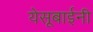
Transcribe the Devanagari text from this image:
येसूबाईनी